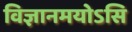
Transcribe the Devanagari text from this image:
विज्ञानमयोऽसि